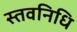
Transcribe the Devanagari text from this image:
स्तवनिधि